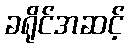
ခရိုင်အဆင့်